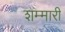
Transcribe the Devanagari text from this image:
शम्मारी